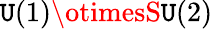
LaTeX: \mathtt{U}(1)\otimesS\mathtt{U}(2)